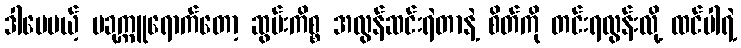
ဒါပေမယ့် ပခုက္ကူရောက်တော့ ဆွမ်းကိစ္စ အလွန်ဆင်းရဲတာနဲ့ စိတ်ကို တင်းရလွန်းလို့ ထင်ပါရဲ့